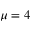
\mu = 4